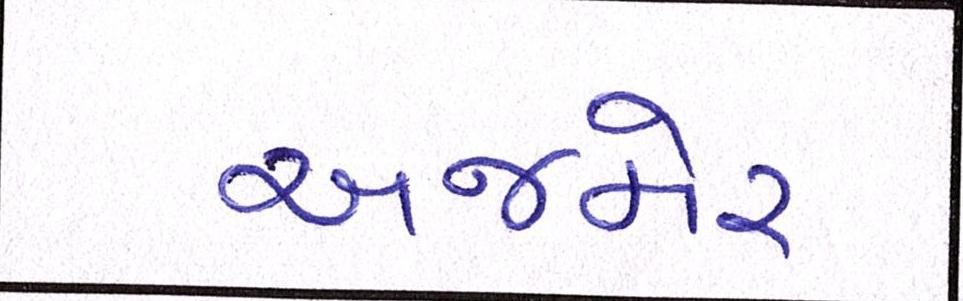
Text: અજમેર